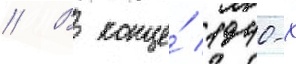
// В конце́ 1940-х